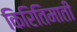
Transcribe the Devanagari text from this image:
किरितिमाती